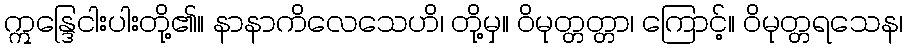
ဣန္ဒြေငါးပါးတို့၏။ နာနာကိလေသေဟိ၊ တို့မှ။ ဝိမုတ္တတ္တာ၊ ကြောင့်။ ဝိမုတ္တရသေန၊